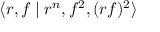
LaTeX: \langle r , f \mid r ^ { n } , f ^ { 2 } , ( r f ) ^ { 2 } \rangle